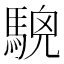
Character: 𩤖